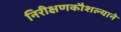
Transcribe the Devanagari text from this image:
निरीक्षणकौशल्याने